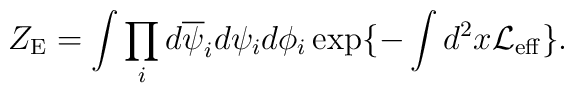
Z_{\rm E}=\int\prod_i d\overline{\psi}_id\psi_id\phi_i \exp\{-\int d^2x{\cal L}_{\rm eff}\}.